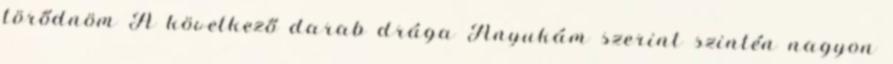
törődnöm A következő darab drága Anyukám szerint szintén nagyon